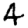
Digit: 4